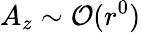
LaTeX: A_{z}\sim\mathcal{O}(r^{0})